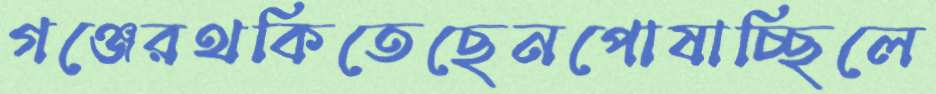
গঞ্জেরথকিতেছেনপোষাচ্ছিলে